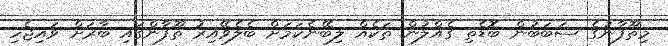
މިތޫފާނުގެ ސަބަބުން ބޮޑެތި ގެއްލުން ތަކެއް ލިބޭނެކަމަށް ބެލެވޭއިރު ތޫފާންގައި ބާރަށް ވައިޖެހި